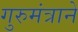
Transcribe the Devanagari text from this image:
गुरुमंत्राने